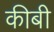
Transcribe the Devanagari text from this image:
कीबी